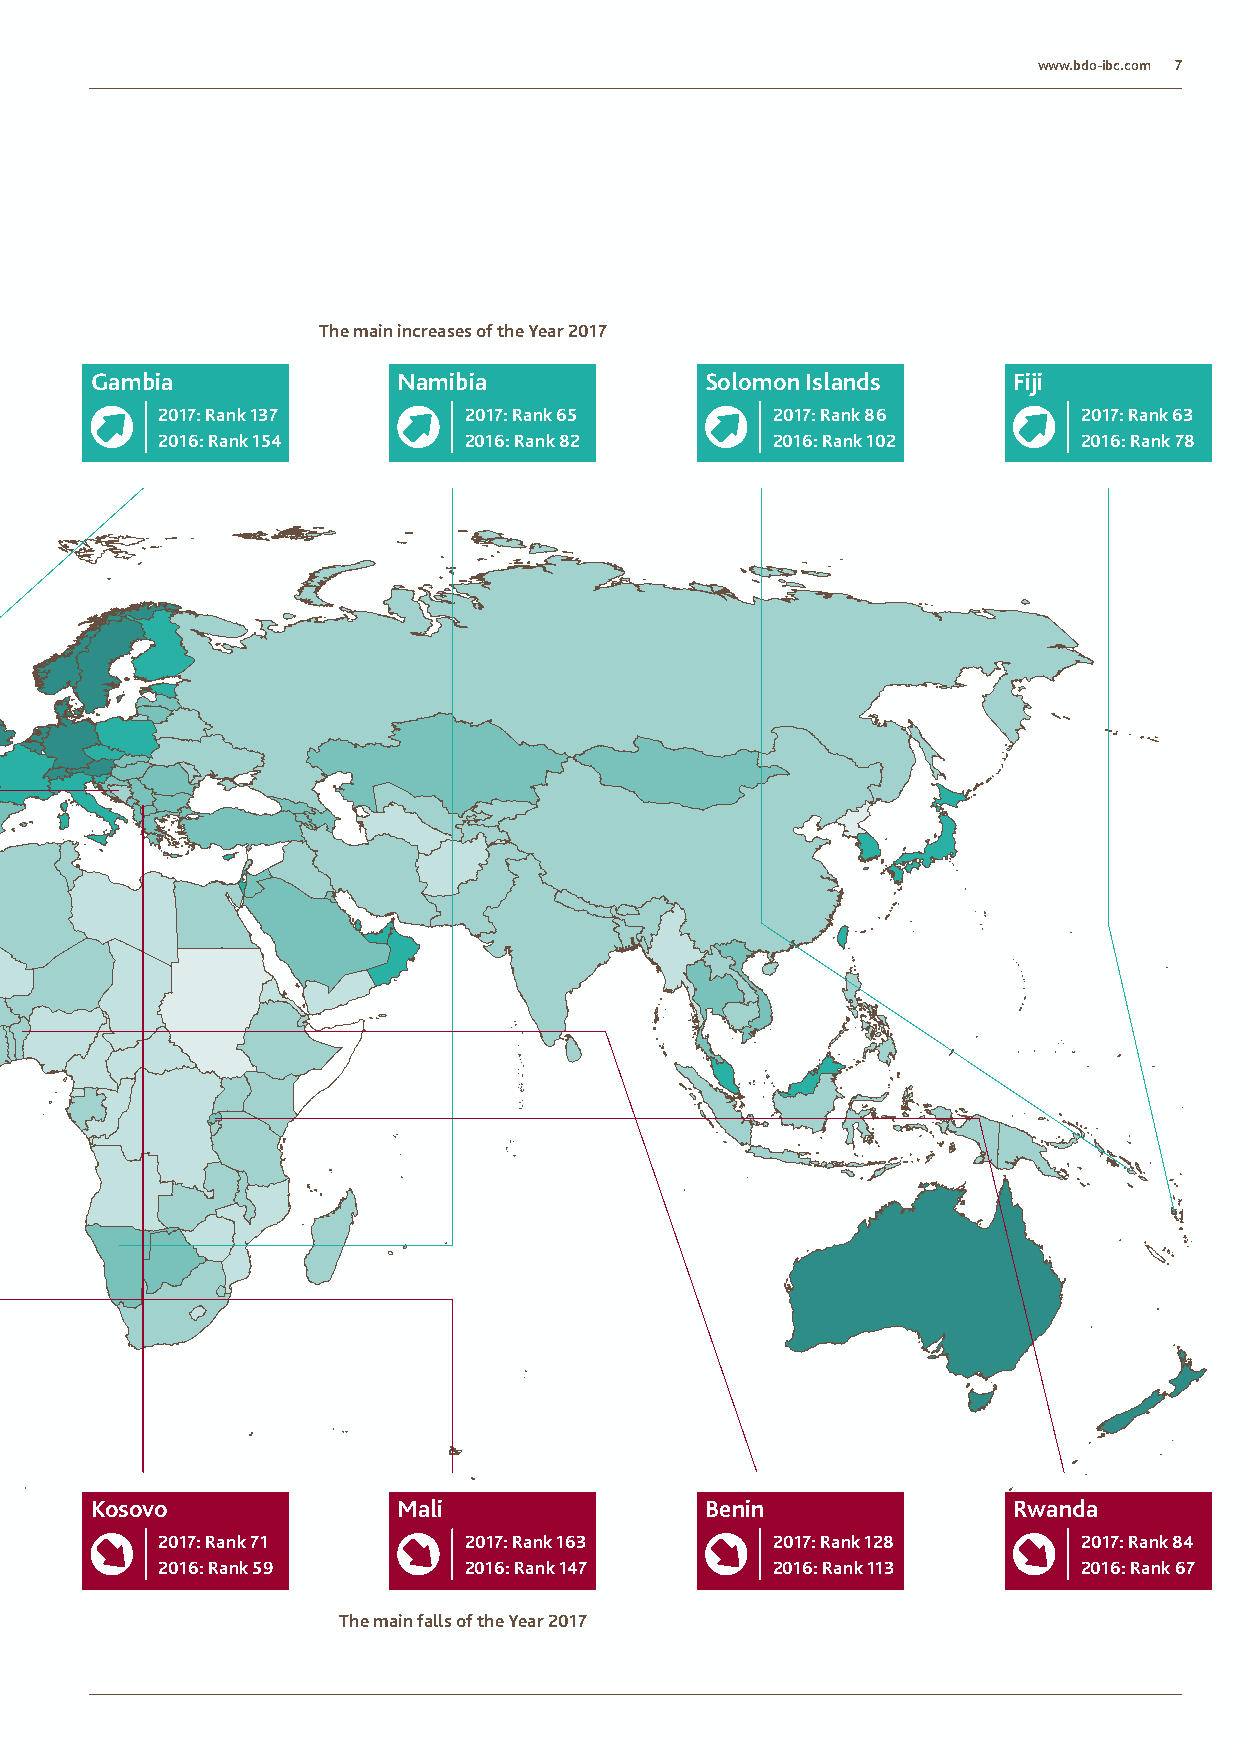
www.bdo-ibc.com 7
 The main increases of the Year 2017
 Gambia              Namibia              Solomon Islands     Fiji
 2017: Rank 137       2017: Rank 65       2017: Rank 86        2017: Rank 63
 2016: Rank 154       2016: Rank 82       2016: Rank 102       2016: Rank 78
 Kosovo              Mali                 Benin               Rwanda
 2017: Rank 71        2017: Rank 163      2017: Rank 128       2017: Rank 84
 2016: Rank 59        2016: Rank 147      2016: Rank 113       2016: Rank 67
 The main falls of the Year 2017